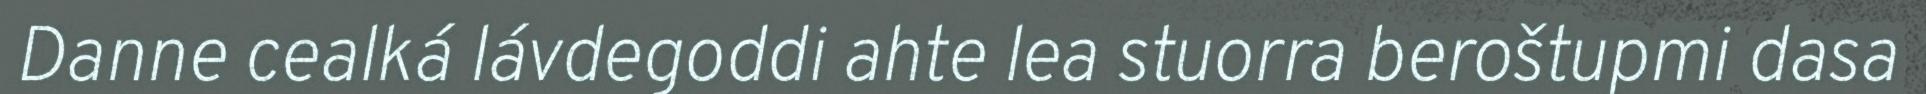
Danne cealká lávdegoddi ahte lea stuorra beroštupmi dasa